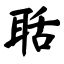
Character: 聒